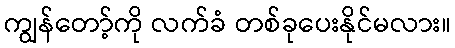
ကျွန်တော့်ကို လက်ခံ တစ်ခုပေးနိုင်မလား။